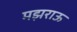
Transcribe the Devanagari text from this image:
मझराऊ